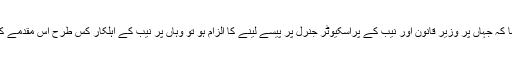
چیف جسٹس نے ریمارکس دیتے ہوئے کہا کہ جہاں پر وزیر قانون اور نیب کے پراسکیوٹر جنرل پر پیسے لینے کا الزام ہو تو وہاں پر نیب کے اہلکار کس طرح اس مقدمے کی تفتیش احسن طریقے سے کرسکتے ہیں۔